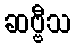
ဆဗ္ဗီသ